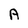
Character: A